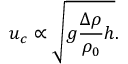
u _ { c } \propto \sqrt { g \frac { \Delta \rho } { \rho _ { 0 } } h } .